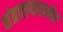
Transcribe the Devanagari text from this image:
मंत्रालयासमोर